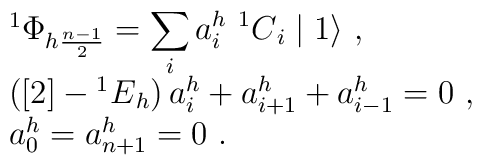
\begin{array}{rcl}& &{^1\Phi}_{h\frac{n-1}{2}}=\displaystyle\sum_ia_i^h~{^1C}_i\mid1\rangle~,\\& &\left([2]-{^1E}_h\right)a_i^h+a_{i+1}^h+a_{i-1}^h=0~,\\& &a_0^h=a_{n+1}^h=0~.\end{array}